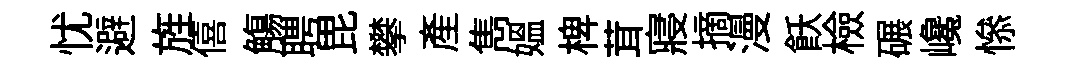
忧避旌僖觴聘毘攀産雋媪椑茸寢摘漫飫檢碾巉𢡖